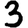
Digit: 3